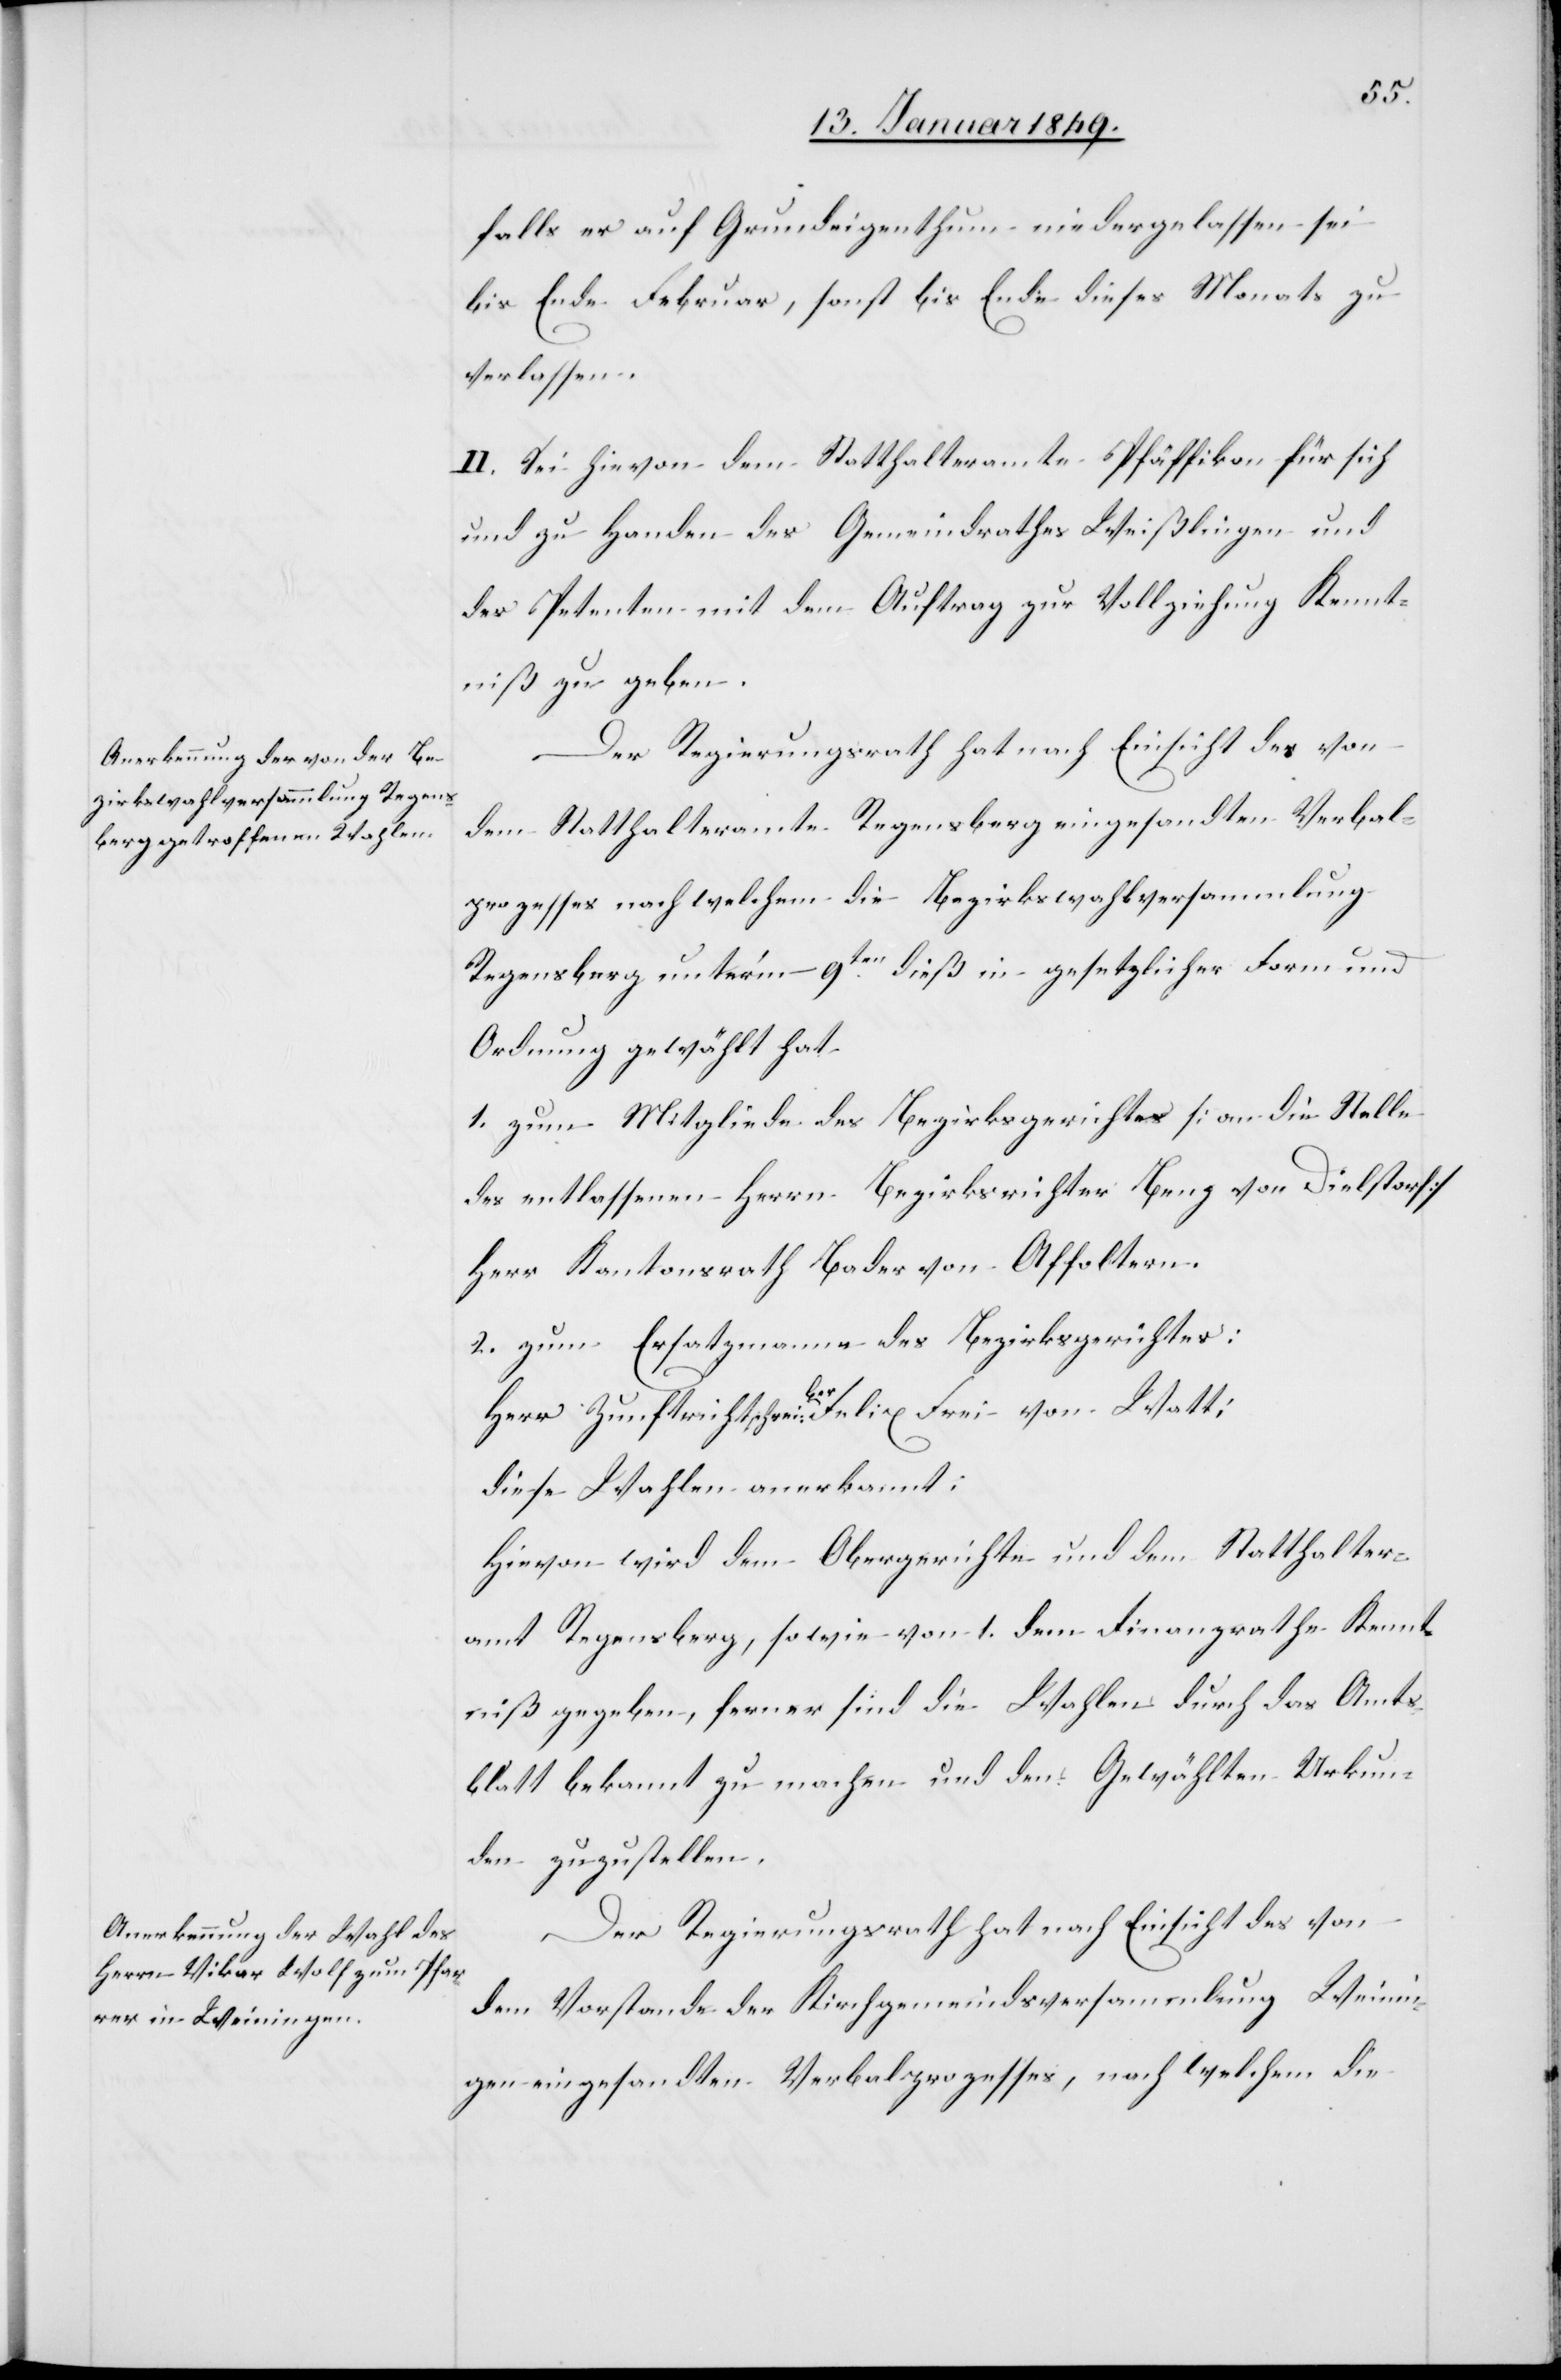
falls er auf Grundeigenthum niedergelassen sei
bis Ende Februar, sonst bis Ende dieses Monats zu
verlassen.
II. Sei hievon dem Statthalteramte Pfäffikon für sich
und zu Handen des Gemeindrathes Weißlingen und
des Petenten mit dem Auftrag zur Vollziehung Kennt¬
niß zu geben.
Der Regierungsrath hat nach Einsicht des von
dem Statthalteramte Regensberg eingesandten Verbal¬
prozesses nach welchem die Bezirkswahlversammlung
Regensberg unter’m 9ten. dieß in gesetzlicher Form und
Ordnung gewählt hat.
1. zum Mitgliede des Bezirksgerichtes [an die Stelle
des entlassenen Herrn Bezirksrichter Benz von Dielstorf]
Herr Kantonsrath Bader von Affoltern.
2. zum Ersatzmanne des Bezirksgerichtes:
Herr Zunftrichtschreiber: Felix Frei von Watt;
diese Wahlen anerkannt;
Hievon wird dem Obergerichte und dem Statthalter¬
amt Regensberg, sowie von 1. dem Finanzrathe Kennt¬
niß gegeben, ferner sind die Wahlen durch das Amts¬
blatt bekannt zu machen und den Gewählten Urkun¬
den zuzustellen.
Der Regierungsrath hat nach Einsicht des von
dem Vorstande der Kirchgemeindsversammlung Weinin¬
gen eingesandten Verbalprozesses, nach welchem die